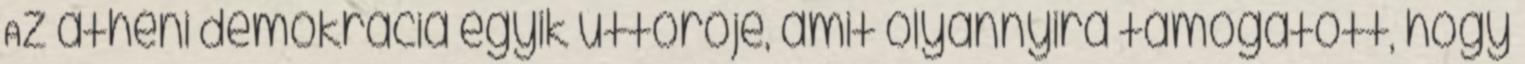
Az athéni demokrácia egyik úttörője, amit olyannyira támogatott, hogy